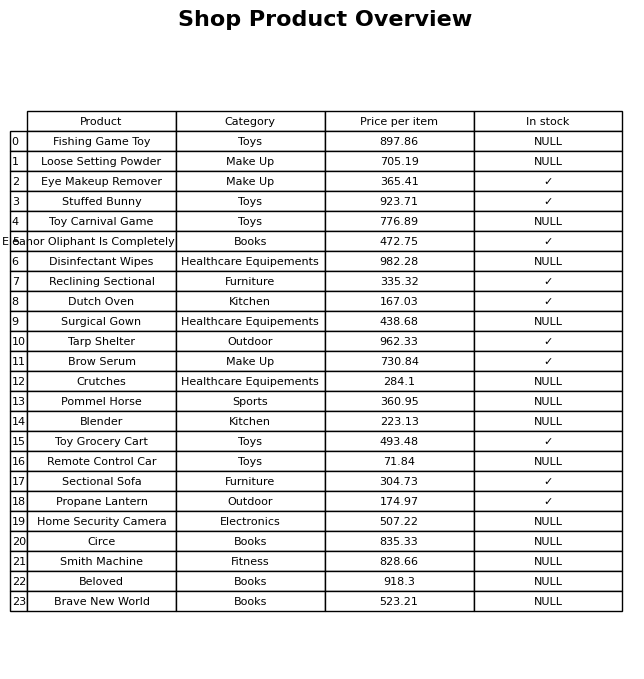
question: What is the price of the Toy Carnival Game?
answer: The price of Toy Carnival Game is 776.89.